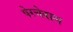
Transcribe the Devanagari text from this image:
पेरचेवाल